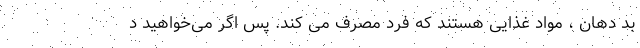
بد دهان ، مواد غذایی هستند که فرد مصرف می کند. پس اگر می‌خواهید د